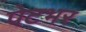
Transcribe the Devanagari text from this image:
पेटभर